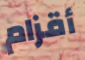
أقزام